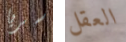
سريا العقل